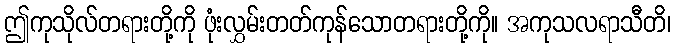
ဤကုသိုလ်တရားတို့ကို ဖုံးလွှမ်းတတ်ကုန်သောတရားတို့ကို။ အကုသလရာသီတိ၊